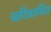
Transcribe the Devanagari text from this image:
चरित्रायित